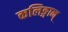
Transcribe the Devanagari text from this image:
कलिङ्गान्‌